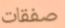
صفقات